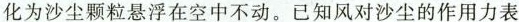
化为沙尘颗粒悬浮在空中不动。已知风对沙尘的作用力表